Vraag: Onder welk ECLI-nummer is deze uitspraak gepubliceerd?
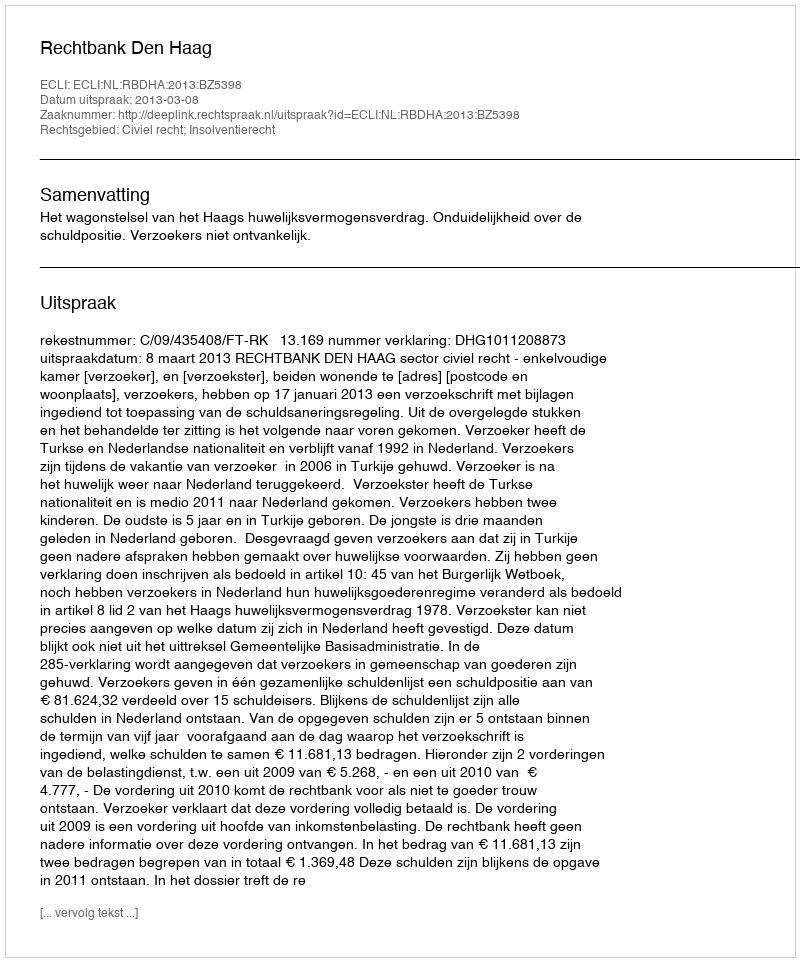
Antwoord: ECLI:NL:RBDHA:2013:BZ5398